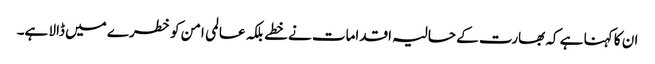
ان کا کہنا ہے کہ بھارت کے حالیہ اقدامات نے خطے بلکہ عالمی امن کو خطرے میں ڈالا ہے۔